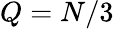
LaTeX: Q=N/3